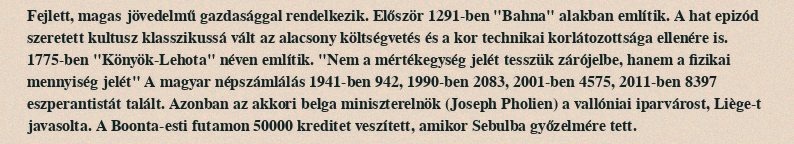
Fejlett, magas jövedelmű gazdasággal rendelkezik. Először 1291-ben "Bahna" alakban említik. A hat epizód szeretett kultusz klasszikussá vált az alacsony költségvetés és a kor technikai korlátozottsága ellenére is. 1775-ben "Könyök-Lehota" néven említik. "Nem a mértékegység jelét tesszük zárójelbe, hanem a fizikai mennyiség jelét" A magyar népszámlálás 1941-ben 942, 1990-ben 2083, 2001-ben 4575, 2011-ben 8397 eszperantistát talált. Azonban az akkori belga miniszterelnök (Joseph Pholien) a vallóniai iparvárost, Liège-t javasolta. A Boonta-esti futamon 50000 kreditet veszített, amikor Sebulba győzelmére tett.